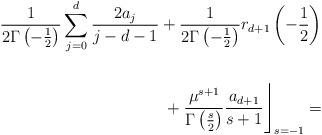
LaTeX: \begin{align*}\frac 1 {2\Gamma \left(-\frac 12\right) }\sum\limits_{j=0}^{d}\frac{2a_j}{j-d-1}+\frac 1{2\Gamma \left( -\frac 12\right) }r_{d+1}\left( -\frac 12\right)\\ \\ +\left. \frac{\mu^{s+1}} {\Gamma \left( \frac s2\right) }\frac{a_{d+1}}{s+1}\right\rfloor _{s=-1}=\end{align*}